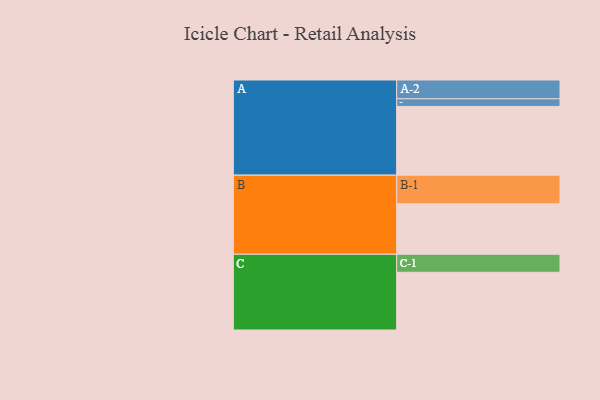
{"axis": {"x": "Segment", "y": "Value"}, "legend": ["", "A", "B", "C"], "data": [{"x": "A", "y": 530, "type": ""}, {"x": "B", "y": 389, "type": ""}, {"x": "C", "y": 445, "type": ""}, {"x": "A-1", "y": 59, "type": "A"}, {"x": "A-2", "y": 145, "type": "A"}, {"x": "B-1", "y": 221, "type": "B"}, {"x": "C-1", "y": 139, "type": "C"}]}